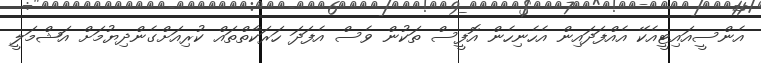
އެންސީއައިޓީއެކޭ އެއްފަދައިން އެހެނިހެން އޮފީސް ތަކުން ވެސް އެފަދަ ހަރަކާތްތައް ކުރިއަށްގެންދިޔުމަށް އަޝްމަލީ